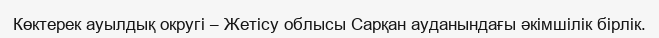
Көктерек ауылдық округі – Жетісу облысы Сарқан ауданындағы әкімшілік бірлік.